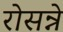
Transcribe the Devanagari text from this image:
रोसन्ने